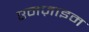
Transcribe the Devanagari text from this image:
एनज़ाइम